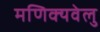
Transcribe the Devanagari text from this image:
मणिक्यवेलु